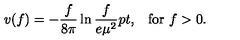
v ( f ) = - { \frac { f } { 8 \pi } } \ln { \frac { f } { e \mu ^ { 2 } } } \raise 2 p t \mathrm { , } \quad \mathrm { f o r } \ f > 0 .